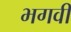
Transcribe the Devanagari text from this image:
भगवीं